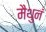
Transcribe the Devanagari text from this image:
मैथुनं